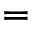
=